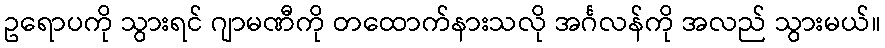
ဥရောပကို သွားရင် ဂျာမဏီကို တထောက်နားသလို အင်္ဂလန်ကို အလည် သွားမယ်။